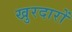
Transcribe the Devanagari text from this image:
खुरदारों